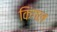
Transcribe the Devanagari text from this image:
किंगल